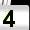
Digit: 4